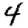
Digit: 4